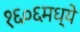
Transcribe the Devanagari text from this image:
१६०६मध्ये